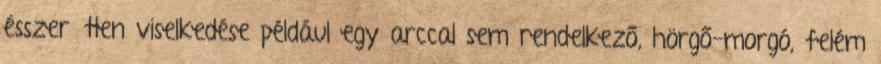
ésszerűtlen viselkedése például egy arccal sem rendelkező, hörgő-morgó, felém